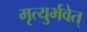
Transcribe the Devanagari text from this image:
मृत्युर्भवेत्